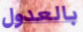
بالعدول